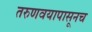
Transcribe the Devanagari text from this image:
तरुणवयापासूनच